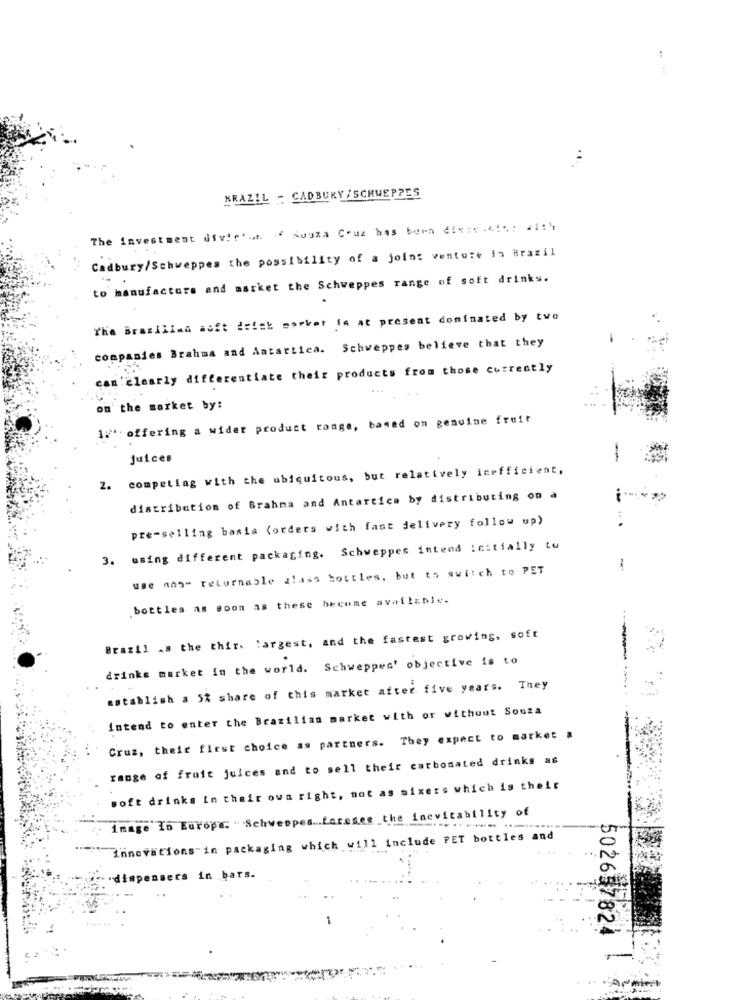
...
BRAZIL - CADBURY / SCHWEPPES
The investment divir ... i Souza Cruz has bern 4 !*= 44 ,; 21:4
Cadbury/Schweppes the possibility of a joint venture in Brazil
to manufacture and market the Schweppes range of soft drinks.
The Brazilian soft drick marker in at present dominated by two
companies Brahma and Antartica. Schweppes believe that they
can clearly differentiate their products from those currently
on the market by:
1:" offering a wider product range, based on genuine fruit
-
juices
competing with the ubiquitous, but relatively inefficient,
2.
distribution of Brahma and Antartica by distributing on a
pre-selling basis (orders with fast delivery follow up)
3. using different packaging. Schweppes intend initially tu
use non" returnable glass bottles, but to switch to PET
bottles as soon as these become available.
Brazil .s the thir. largest, and the fastest growing, soft
drinks market in the world. Schweppes' objective is to
establish a 5% share of this market after five years. They
Intend to enter the Brazilian market with or without Souza
Cruz, their first choice as partners. They expect to market a
range of fruit juices and to sell their carbonated drinks as
soft drinks in their own right, not as mixers which is their
: image In Europe. Schweppes .. faresee the inevitability of
innovations in packaging which will include PET bottles and
dispensers in bars.
5026 7824